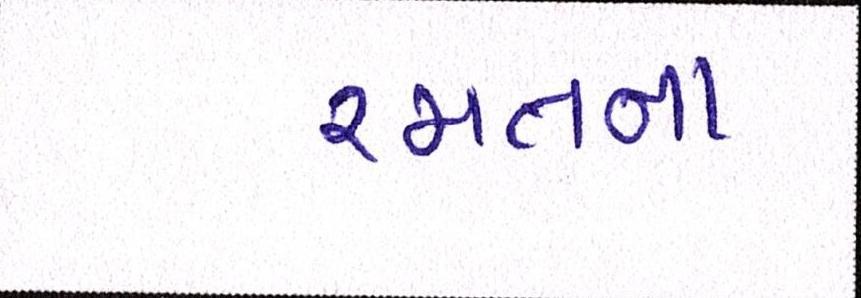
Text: રમતના